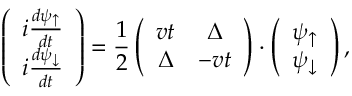
\left( \begin{array} { c } { i \frac { d \psi _ { \uparrow } } { d t } } \\ { i \frac { d \psi _ { \downarrow } } { d t } } \end{array} \right) = \frac { 1 } { 2 } \left( \begin{array} { c c } { v t } & { \Delta } \\ { \Delta } & { - v t } \end{array} \right) \cdot \left( \begin{array} { c } { \psi _ { \uparrow } } \\ { \psi _ { \downarrow } } \end{array} \right) ,